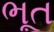
ભૂત